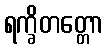
ရက္ခိတတ္တော